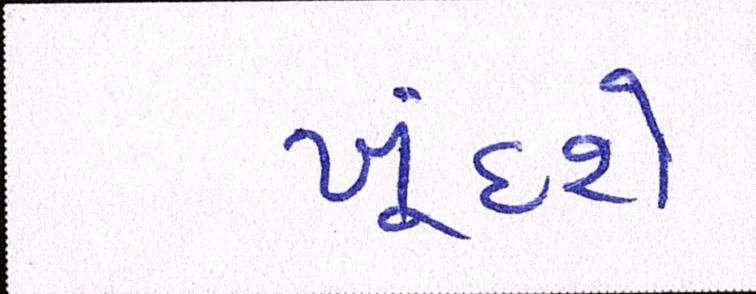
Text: ખૂંદશે